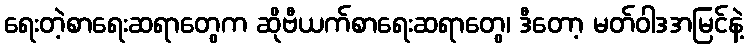
ရေးတဲ့စာရေးဆရာတွေက ဆိုဗီယက်စာရေးဆရာတွေ၊ ဒီတော့ မတ်ဝါဒအမြင်နဲ့